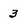
Character: 3